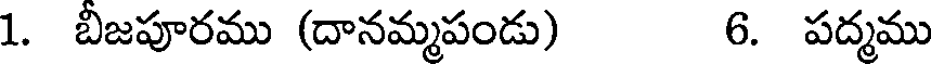
1. బీజపూరము (దానమ్మపండు) 6. పద్మము